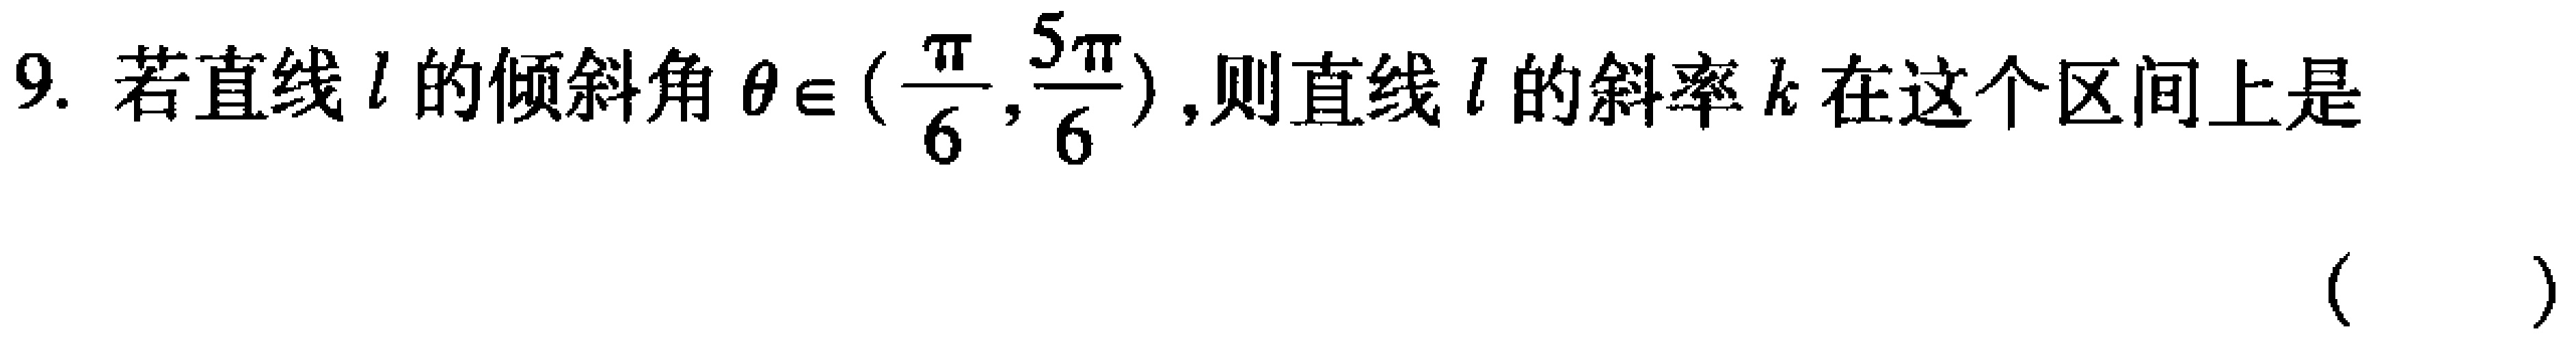
9. 若直线\(l\)的倾斜角\(\theta\in(\frac{\pi}{6},\frac{5\pi}{6})\),则直线\(l\)的斜率\(k\)在这个区间上是 （  ）